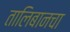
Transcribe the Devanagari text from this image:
तालिबानचा